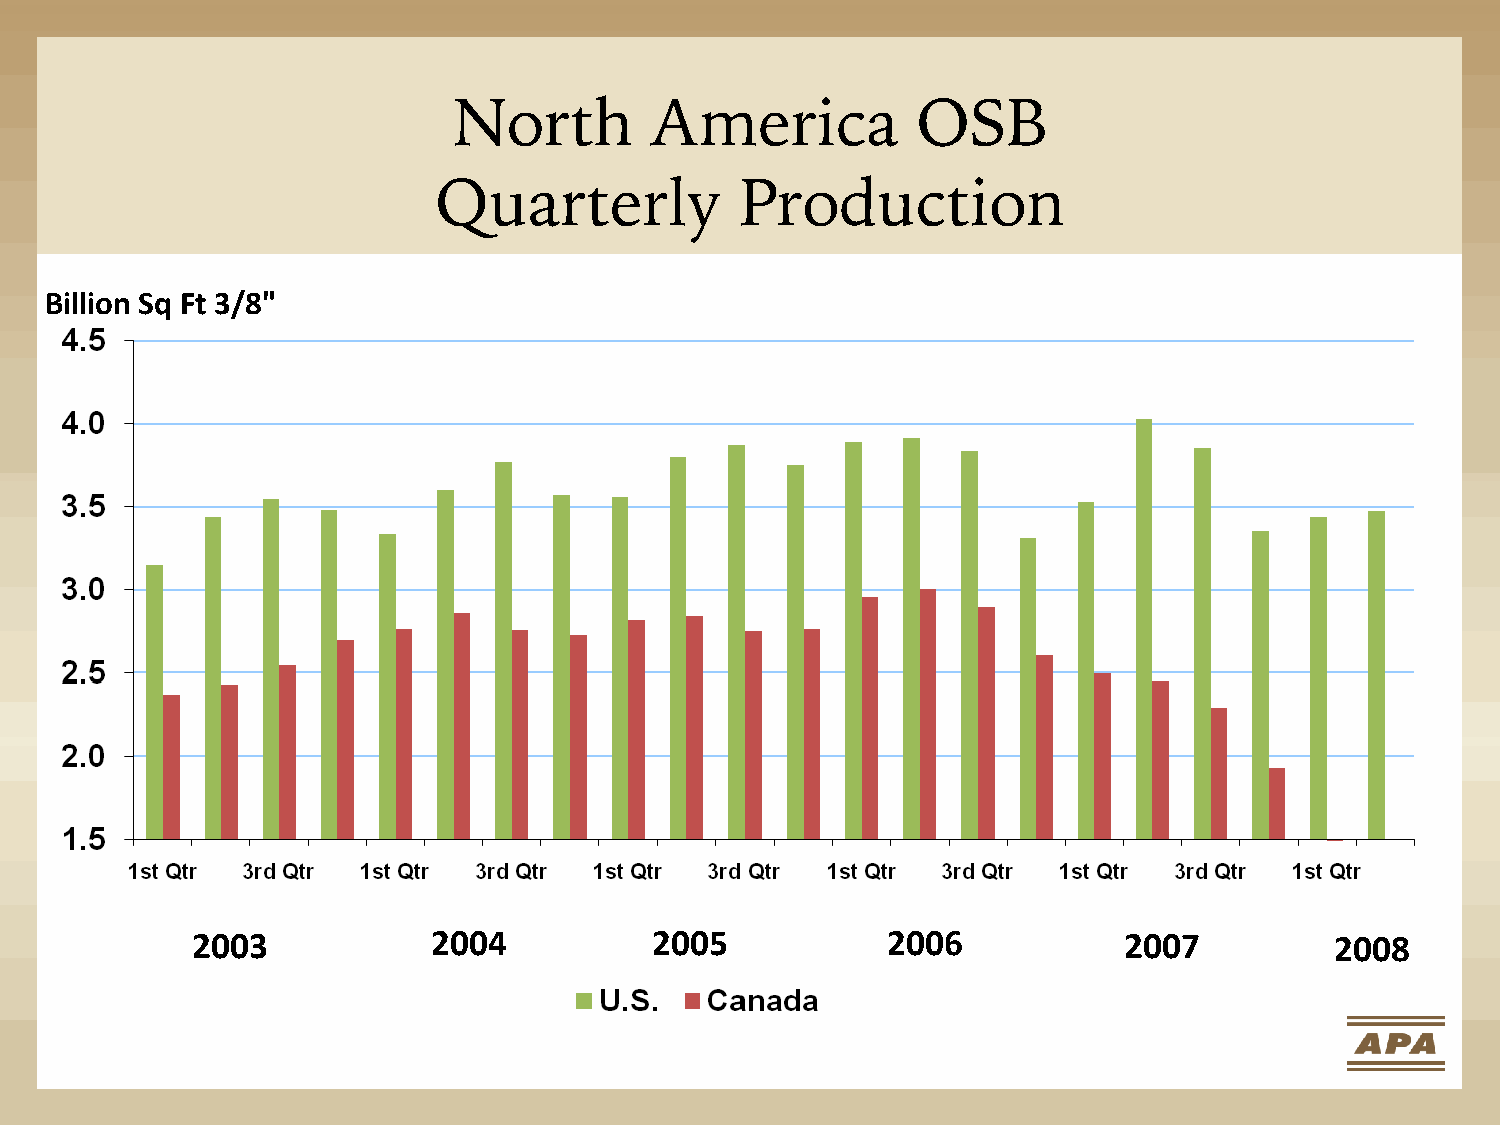
North        America           OSB
 Quarterly           Production
 Billion Sq Ft 3/8"
 2003            2004          2005            2006           2007          2008